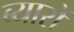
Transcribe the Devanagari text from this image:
ब्यारों